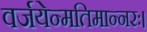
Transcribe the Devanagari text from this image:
वर्जयेन्मतिमान्नरः।